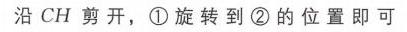
沿 \(CH\) 剪开，\textcircled{1}旋转到\textcircled{2}的位置即可